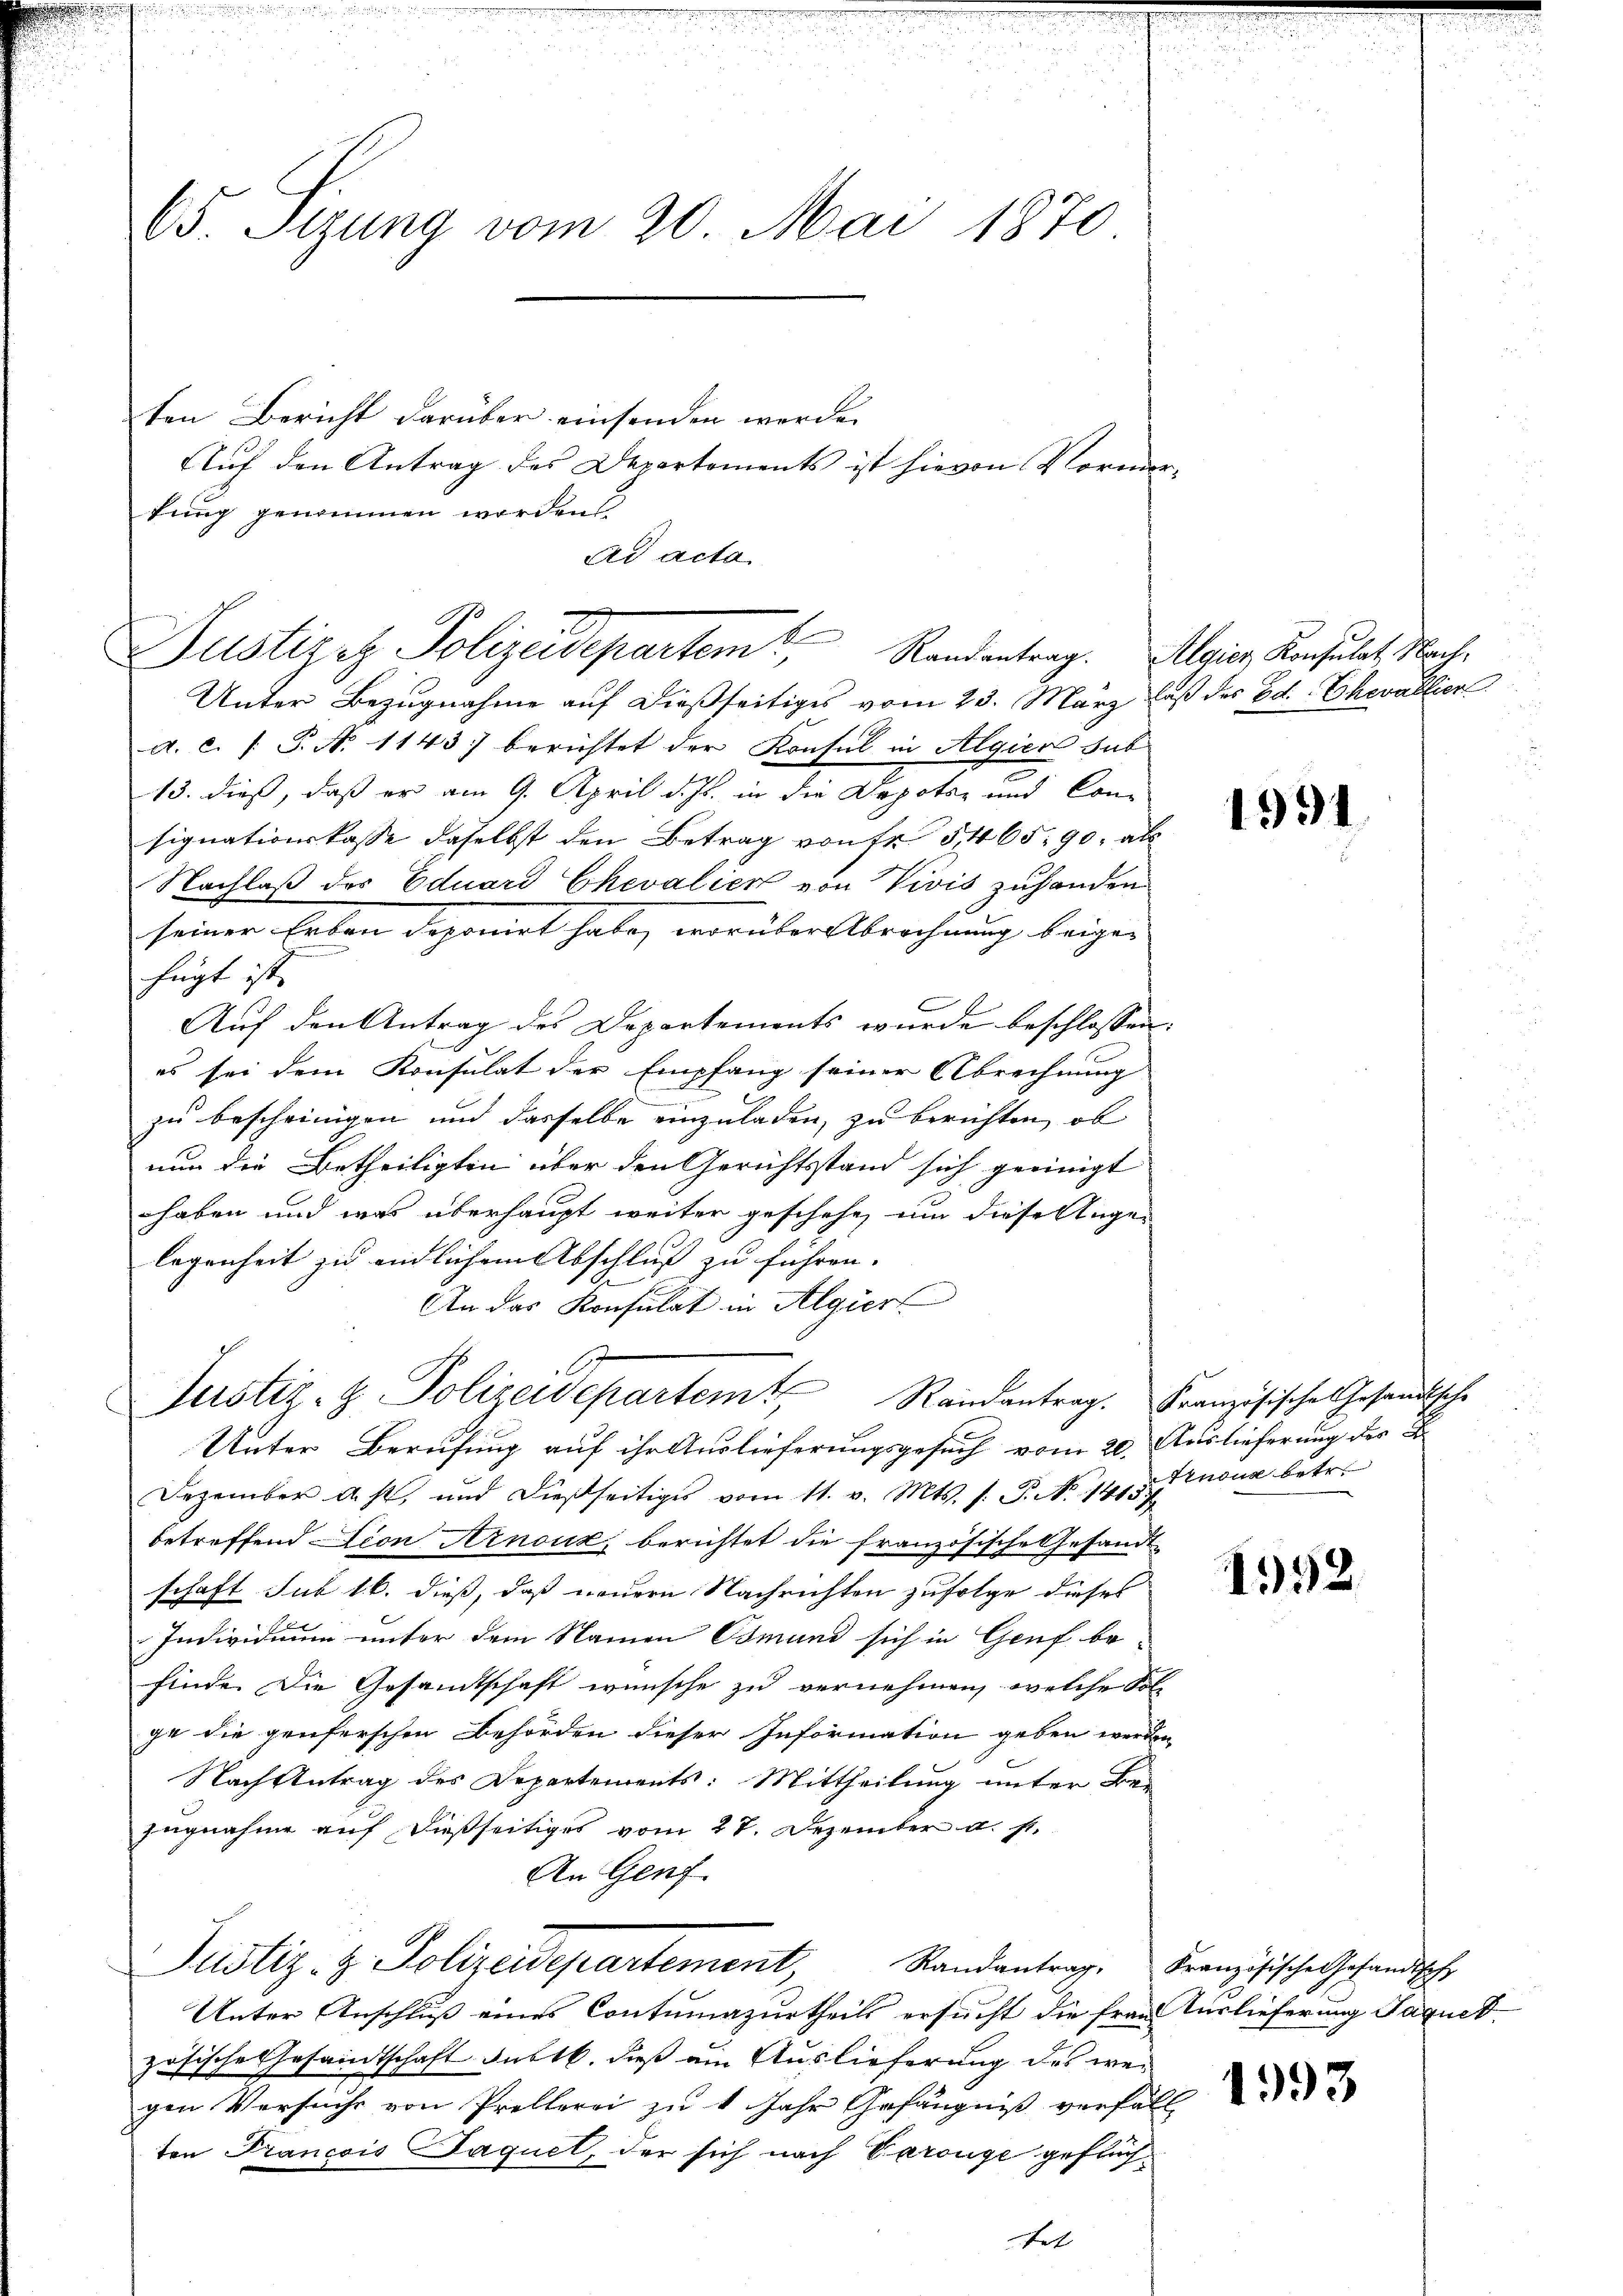
65. Sizung vom 20. Mai 1870

ten Bericht darüber einsenden werde.
Auf den Antrag des Departements ist hievon Vorm
kung genommen worden
Unter Bezugnahme auf dießseitiges vom 23. März laß der Ed. Ehevallien
a. c. (T. N. 1143) berichtet der Konsul in Algiere hab
13. dieß, daß er am 9. April d. Js. in die Depotar und Consignationskasse daselbst den Betrag von Fr. 5465. 90, als
Nachlaß des Eduard Chevalien von Vivis zuhanden
seiner Erben deponirt habe, worüber Abrechnung beige-
fügt ist.
Auf den Antrag des Departements wurde beschlossen:
es sei dem Konsulat der Empfang seiner Abrechnung
zu bescheinigen und dasselbe einzuladen, zu berichten, ob
nun die Betheiligten über den Gerichtsstand sich geeinigt
haben und was überhaupt weiter geschehe, um diese Augen
legenheit zu endlichem Abschluß zu führen. |
An das Konsulat in Algiert
Justiz- & Polizeidepartem Randantrag. Französische Gesandtische
Unter Berufung auf ihr Auslieferungsgesuch vom 20.
Dezember a. p. und dießseitiges vom 11. v. Mts. s. P. No 141 Knona betr.
betreffend Lion Arnouk berichtet die französische Gesam
schaft Sub 16. dieß, daß neuern Nachrichten zufolge dieses
Individium unter dem Namen Osmund sich in Genf be-
finde. Die Gesandtschaft wünsche zu vernehmen, welche Fol-
ge die genferschen Behörden dieser Information geben werden,
Nach Antrag des Departements: Mittheilung unter Bezugnahme auf dießseitiges vom 27. Dezember d. s.
An Genf
Justiz- & Polizeidepartement Randantrag
Unter Anschluß eines Contumazurtheils ersucht die frau Auslieferung Jaqued
zösische Gesandtschaft subtb. dieß am Auslieferung des wegen Versuche von Prellerei zu 1 Jahr Gefängniß verfa-
ten Francois Jaquet, der sich nach Cerouge geflüch¬

Ad acta
Justizez Polizeidepartem Randentrag

tet

Algier Konsulat Nach¬

1931

Auslieferung der B

192

Französische Gesandtsche

1993